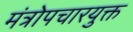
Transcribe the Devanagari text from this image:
मंत्रोपचारयुक्त